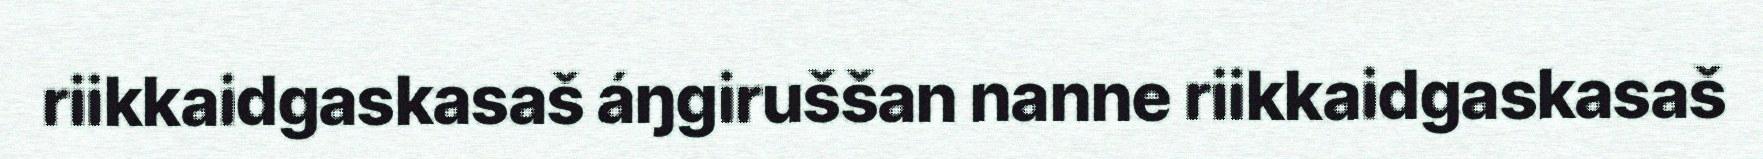
riikkaidgaskasaš áŋgiruššan nanne riikkaidgaskasaš